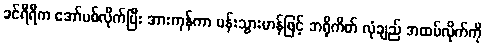
ခင်ရီရီက အော်ပစ်လိုက်ပြီး အားကုန်ကာ ပန်းသွားဟန်ဖြင့် ဘရိုကိတ် လုံချည် အထပ်လိုက်ကို